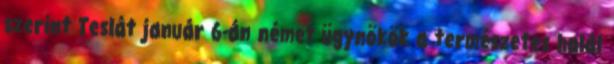
szerint Teslát január 6-án német ügynökök a természetes halál